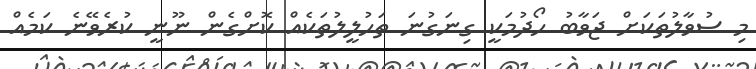
މި ސުވާލުތަކަށް ޖަވާބު ހޯދުމަކީ ގިނަގުނަ ތަހުލީލުތަކެއް ކޮށްގެން ނޫނީ ކުރެވޭނެ ކަމެއް